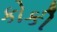
કોકી